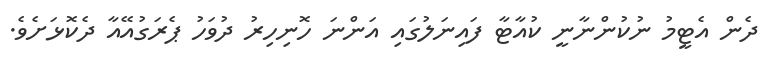
ދެން އެޓީމު ނުކުންނާނީ ކުއާޓާ ފައިނަލުގައި އަންނަ ހޮނިހިރު ދުވަހު ޕެރަގުއޭއާ ދެކޮޅަށެވެ.